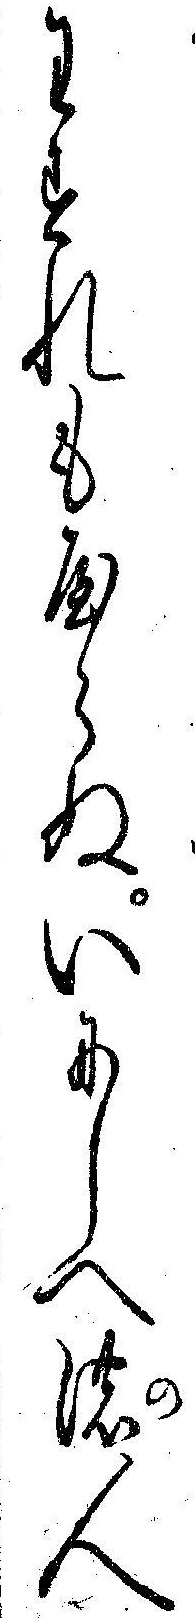
わすれもやらぬいにしへ濃人